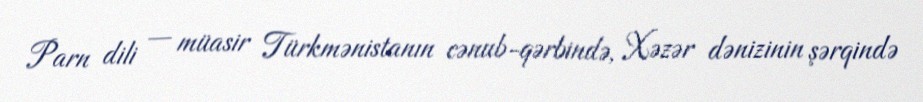
Parn dili — müasir Türkmənistanın cənub-qərbində, Xəzər dənizinin şərqində